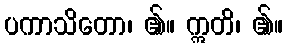
ပကာသိတော၊ ၏။ ဣတိ၊ ၏။